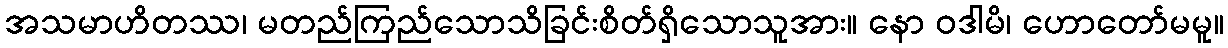
အသမာဟိတဿ၊ မတည်ကြည်သောသိခြင်းစိတ်ရှိသောသူအား။ နော ဝဒါမိ၊ ဟောတော်မမူ။